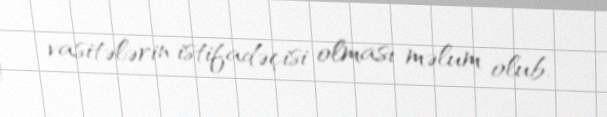
vasitələrin istifadəçisi olması məlum olub.